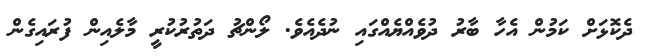
ދެކޮޅަށް ކަމުން އެހާ ބާރު ދުވެއްޔެއްގައި ނުދެއެވެ. ލޯންޗު ދަތުރުކުރީ މާލެއިން ފުރައިގެން